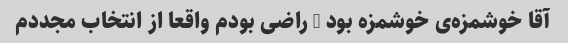
آقا خوشمزه‌ی خوشمزه بود … راضی بودم واقعا از انتخاب مجددم